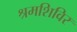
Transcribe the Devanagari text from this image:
श्रमशिविर